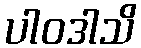
ပါဝဒါသိ